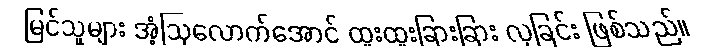
မြင်သူများ အံ့ဩလောက်အောင် ထူးထူးခြားခြား လှခြင်း ဖြစ်သည်။